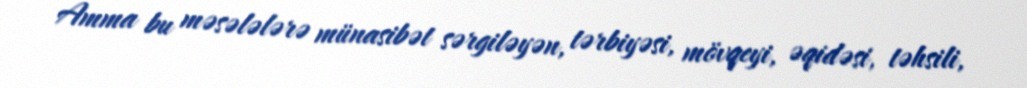
Amma bu məsələlərə münasibət sərgiləyən, tərbiyəsi, mövqeyi, əqidəsi, təhsili,